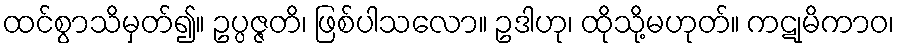
ထင်စွာသိမှတ်၍။ ဥပ္ပဇ္ဇတိ၊ ဖြစ်ပါသလော။ ဥဒါဟု၊ ထိုသို့မဟုတ်။ ကဋုမိကာဝ၊